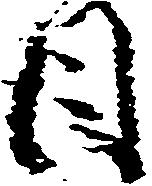
日